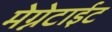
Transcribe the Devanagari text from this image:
मेग्नेटाईट